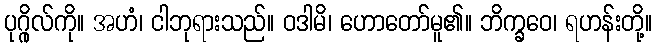
ပုဂ္ဂိုလ်ကို။ အဟံ၊ ငါဘုရားသည်။ ဝဒါမိ၊ ဟောတော်မူ၏။ ဘိက္ခဝေ၊ ရဟန်းတို့။